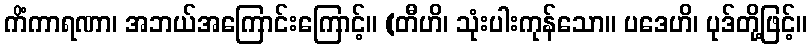
ကိံကာရဏာ၊ အဘယ်အကြောင်းကြောင့်။ (တီဟိ၊ သုံးပါးကုန်သော။ ပဒေဟိ၊ ပုဒ်တို့ဖြင့်။